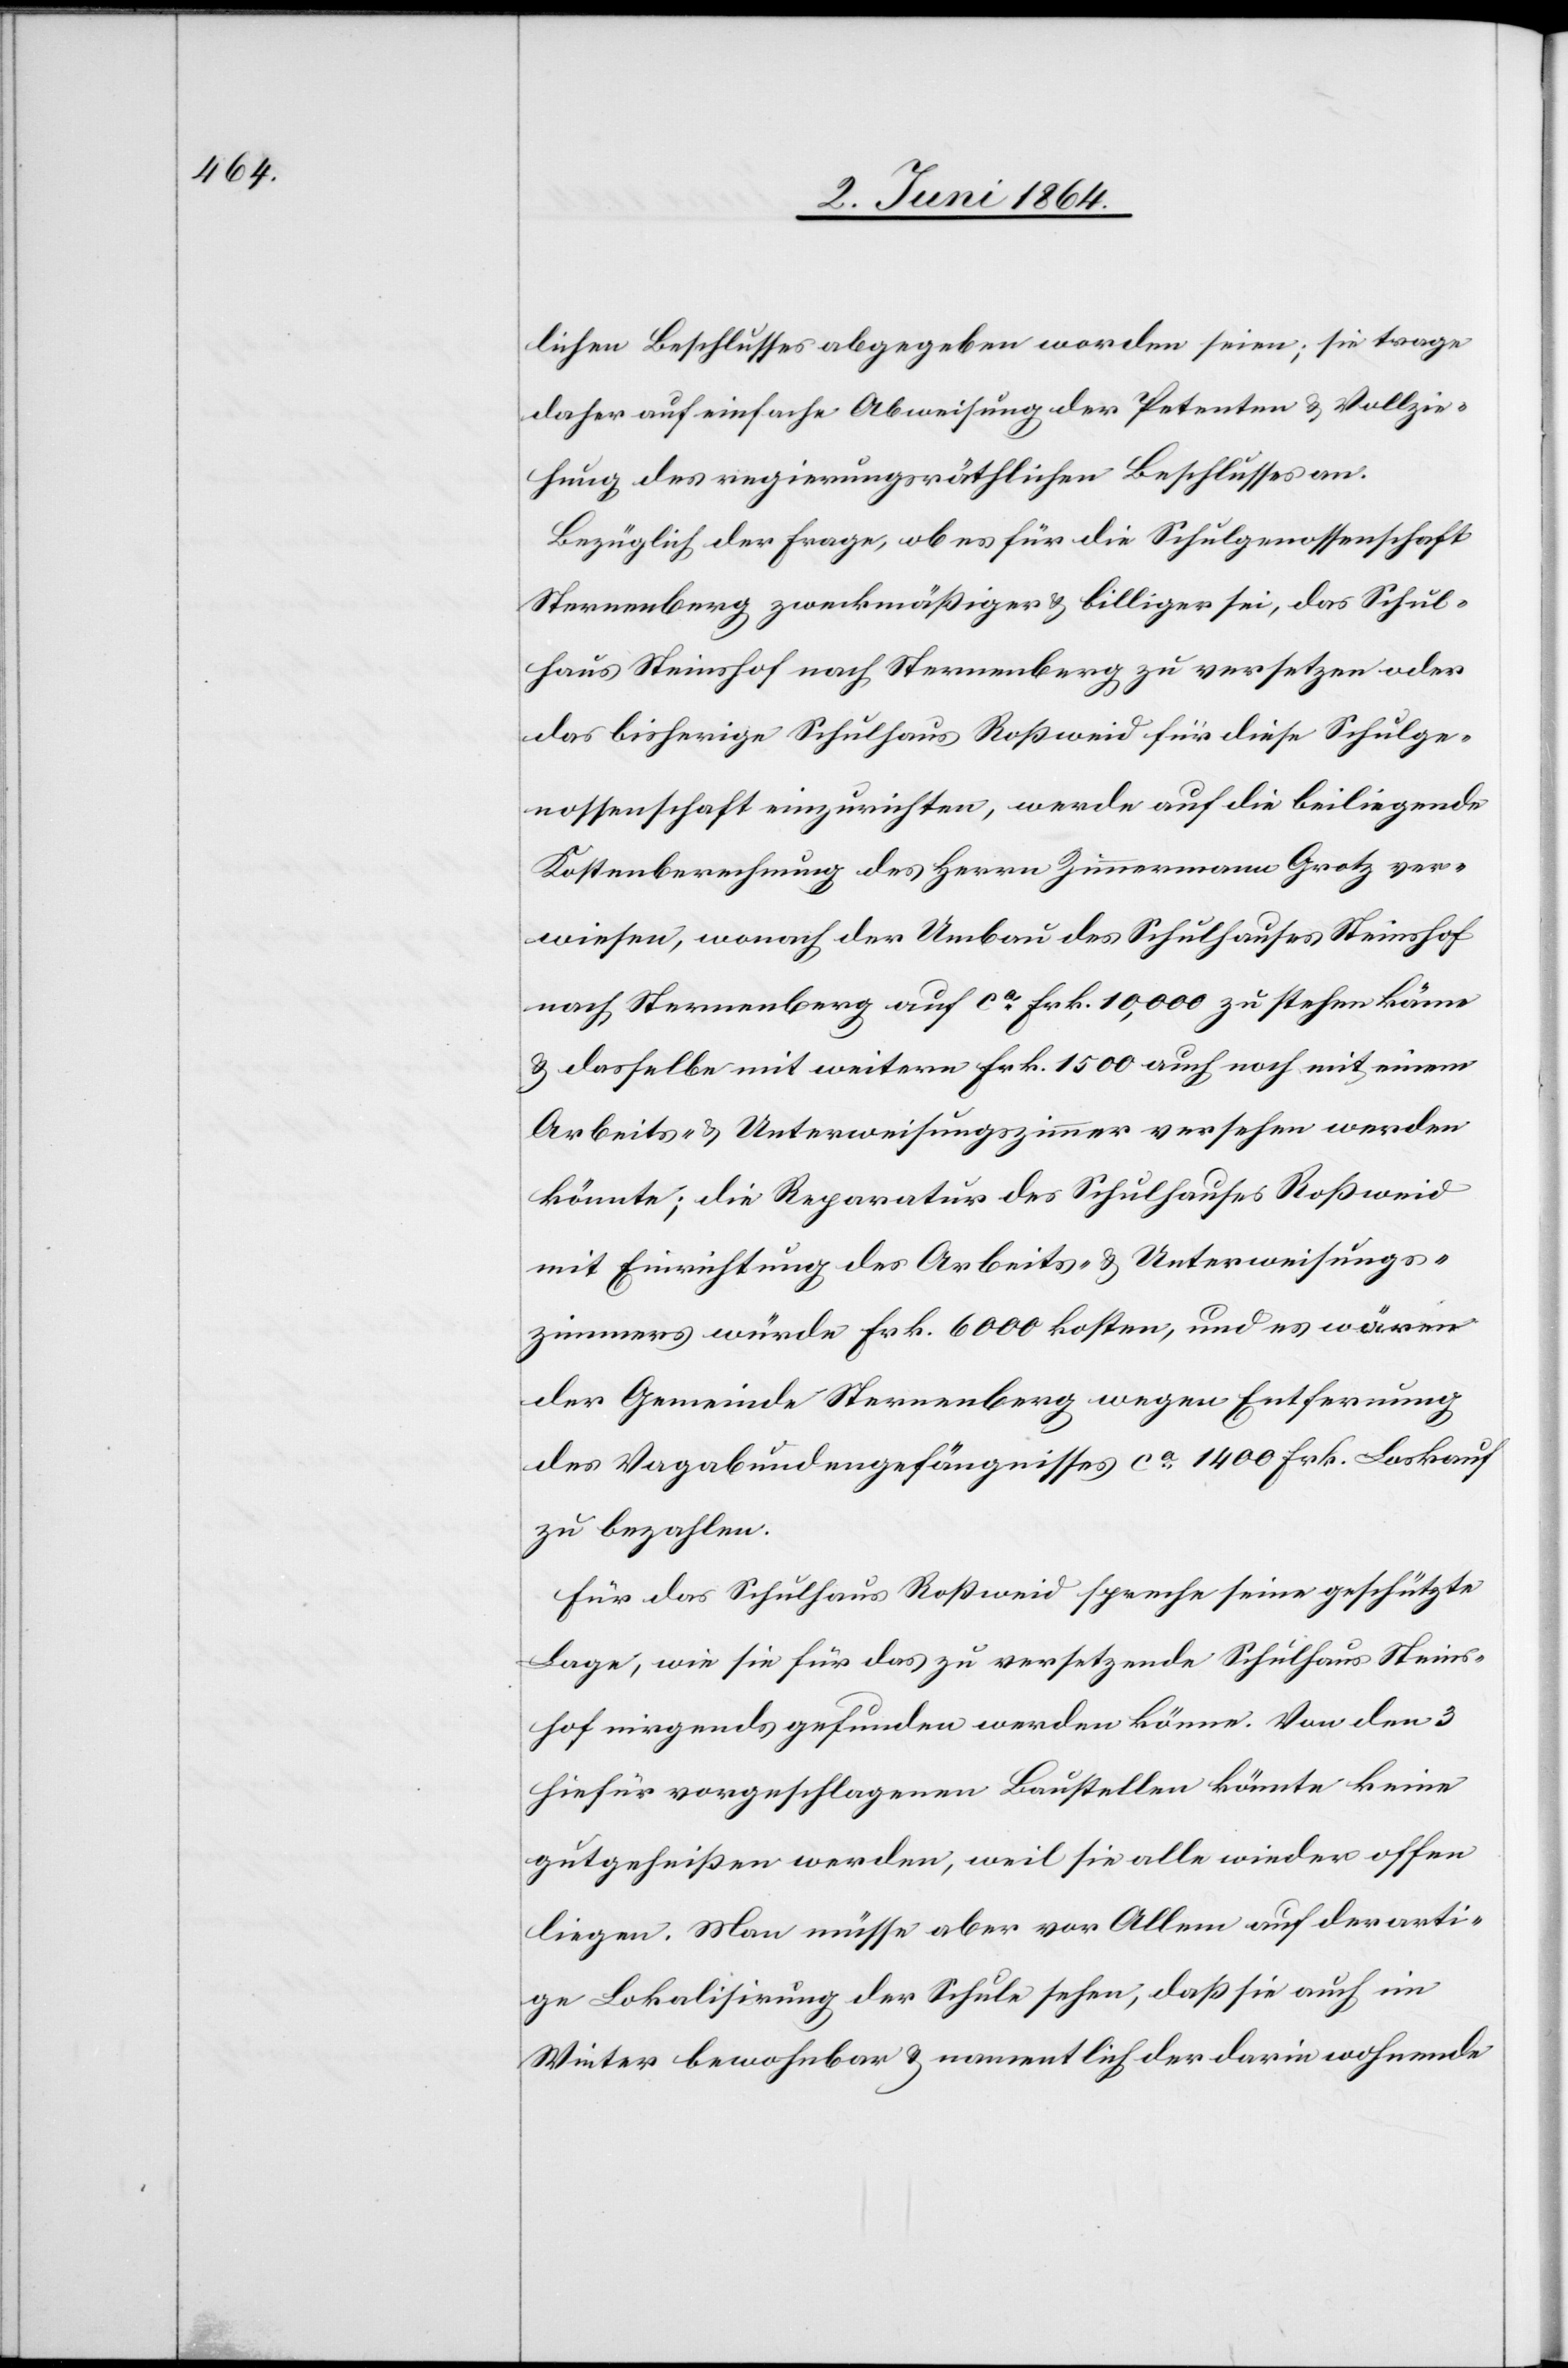
lichen Beschlusses abgegeben worden seien; sie trage
daher auf einfache Abweisung der Petenten u. Vollzie¬
hung des regierungsräthlichen Beschlusses an.
Bezüglich der Frage, ob es für die Schulgenossenschaft
Sternenberg zweckmäßiger u. billiger sei, das Schul¬
haus Steinshof nach Sternenberg zu versetzen oder
das bisherige Schulhaus Roßweid für diese Schulge¬
nossenschaft einzurichten, werde auf die beiliegende
Kostenberechnung des Herrn Zimmermann Grotz ver¬
wiesen, wonach der Umbau des Schulhauses Steinshof
nach Sternenberg auf ca Frk. 10,000 zu stehen käme
u. dasselbe mit weitern Frk. 1500 auch noch mit einem
Arbeits- u. Unterweisungszimmer versehen werden
könnte; die Reparatur des Schulhauses Roßweid
mit Einrichtung des Arbeits- u. Unterweisungs¬
zimmers würde Frk. 6000 kosten, und es wären
der Gemeinde Sternenberg wegen Entfernung
des Vagabundengefängnisses ca 1400 Frk. Loskauf
zu bezahlen.
Für das Schulhaus Roßweid spreche seine geschützte
Lage, wie sie für das zu versetzende Schulhaus Steins¬
hof nirgends gefunden werden könne. Von den 3
hiefür vorgeschlagenen Baustellen könnte keine
gutgeheißen werden, weil sie alle wieder offen
liegen. Man müsse aber vor Allem auf derarti¬
ge Lokalisirung der Schule sehen, daß sie auch im
Winter bewohnbar u. namentlich der darin wohnende